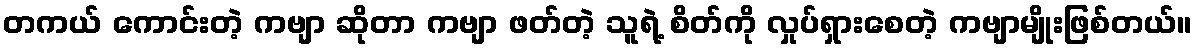
တကယ် ကောင်းတဲ့ ကဗျာ ဆိုတာ ကဗျာ ဖတ်တဲ့ သူရဲ့ စိတ်ကို လှုပ်ရှားစေတဲ့ ကဗျာမျိုးဖြစ်တယ်။